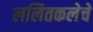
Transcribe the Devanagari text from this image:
ललितकलेचे